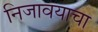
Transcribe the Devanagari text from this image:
निजावयाचा